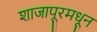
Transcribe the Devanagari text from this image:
शाजापूरमधून